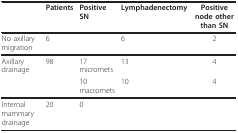
<table><thead><tr><td>[EMPTY_CELL]</td><td><b>Patients</b></td><td><b>Positive SN</b></td><td><b>Lymphadenectomy</b></td><td><b>Positive node other than SN</b></td></tr></thead><tbody><tr><td>No axillary migration</td><td>6</td><td>[EMPTY_CELL]</td><td>6</td><td>2</td></tr><tr><td>Axillary drainage</td><td>98</td><td>17 micromets</td><td>13</td><td>4</td></tr><tr><td>[EMPTY_CELL]</td><td>[EMPTY_CELL]</td><td>10 macromets</td><td>10</td><td>4</td></tr><tr><td>Internal mammary drainage</td><td>20</td><td>0</td><td>[EMPTY_CELL]</td><td>[EMPTY_CELL]</td></tr></tbody></table>